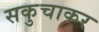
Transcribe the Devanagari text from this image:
सकुचाकर